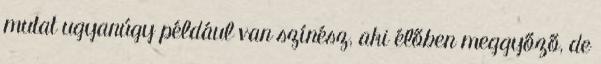
mutat ugyanúgy például van színész, aki élőben meggyőző, de